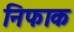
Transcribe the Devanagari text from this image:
निफाक